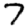
Digit: 7